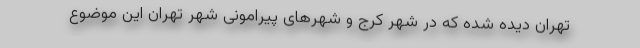
تهران دیده شده که در شهر کرج و شهرهای پیرامونی شهر تهران این موضوع